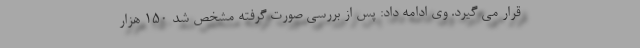
قرار می گیرد. وی ادامه داد: پس از بررسی صورت گرفته مشخص شد ۱۵۰ هزار